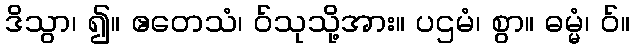
ဒိသွာ၊ ၍။ ဧတေသံ၊ ဝ်သုသို့အား။ ပဌမံ၊ စွာ။ ဓမ္မံ၊ ဝ်။